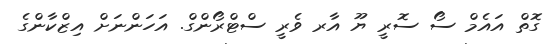
ގޮތް އައެމް ސޯ ސޮރީ ޔޫ އާރ ވެރީ ސްޓްރޯންގް. އަހަންނަށް އިޒްކާންގެ